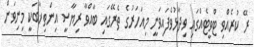
ރޭ ކުރެއްވި ޓްވީޓެއްގައި ވިދާޅުވެފައިވަނީ މިއަހަރުގެ ތެރޭގައި ބާއްވާ ރިޔާސީ އިންތިޚާބަކީ މިނިވަން